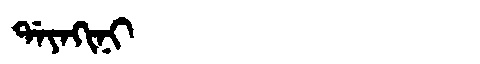
Manchu: ᡩᠠᠶᠠᡴᡳᠨᡳ
Romanization: DAYAKINI